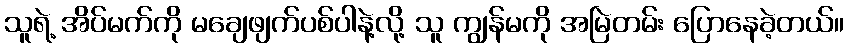
သူရဲ့ အိပ်မက်ကို မချေဖျက်ပစ်ပါနဲ့လို့ သူ ကျွန်မကို အမြဲတမ်း ပြောနေခဲ့တယ်။